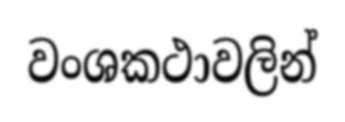
වංශකථාවලින්